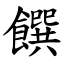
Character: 饌